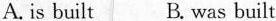
A. is built B. was built